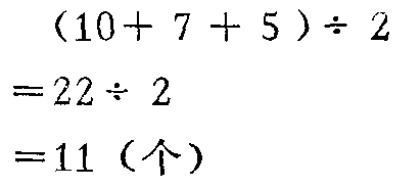
\[
\begin{align*}
&(10 + 7 + 5)\div 2\\
=&22\div 2\\
=&11 (\text{个})
\end{align*}
\]